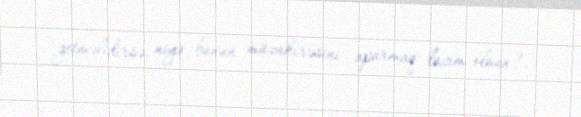
getməlidirsə, niyə bunun müzakirəsini aparmaq lazım olsun?.